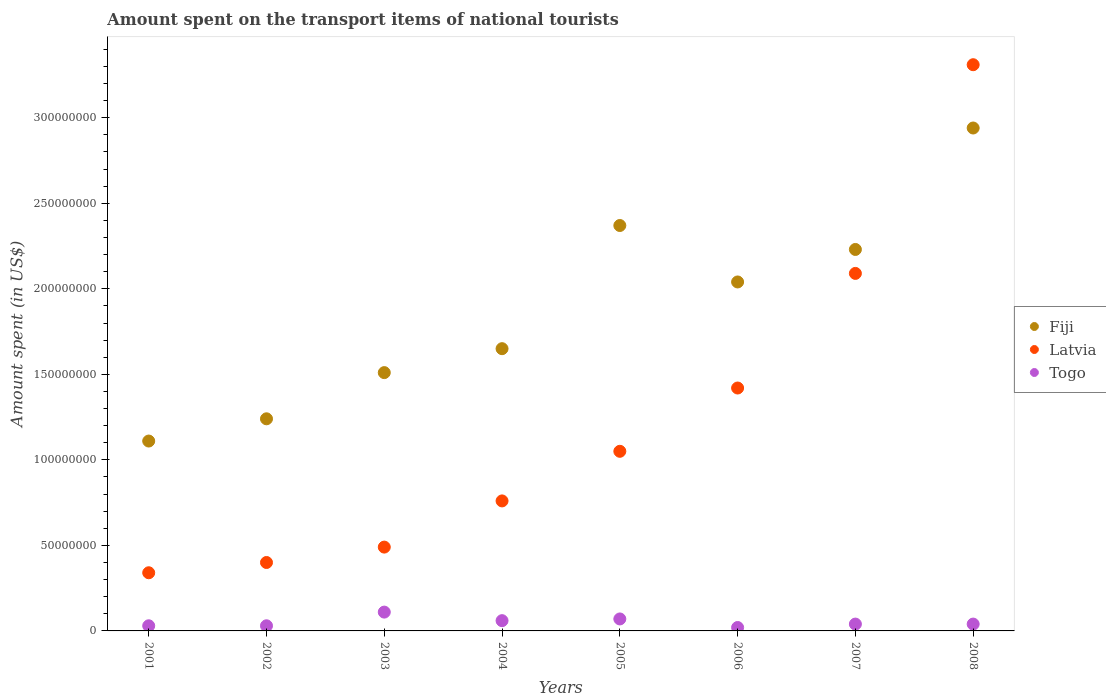
| Years | Fiji | Latvia | Togo |
 | --- | --- | --- | --- |
 | 2001 | 1.11e+08 | 3.4e+07 | 3e+06 |
 | 2002 | 1.24e+08 | 4e+07 | 3e+06 |
 | 2003 | 1.51e+08 | 4.9e+07 | 1.1e+07 |
 | 2004 | 1.65e+08 | 7.6e+07 | 6e+06 |
 | 2005 | 2.37e+08 | 1.05e+08 | 7e+06 |
 | 2006 | 2.04e+08 | 1.42e+08 | 2e+06 |
 | 2007 | 2.23e+08 | 2.09e+08 | 4e+06 |
 | 2008 | 2.94e+08 | 3.31e+08 | 4e+06 |